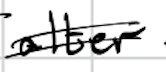
Text: alter
Cross-out: double-line
Writing tool: digital_black